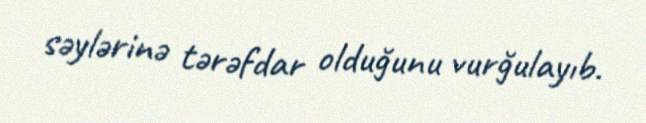
səylərinə tərəfdar olduğunu vurğulayıb.